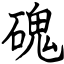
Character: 磈